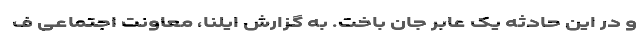
و در این حادثه یک عابر جان باخت. به گزارش ایلنا، معاونت اجتماعی ف